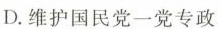
D.维护国民党一党专政